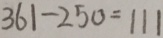
3 6 1 - 2 5 0 = 1 1 1